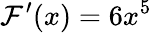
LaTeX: \mathcal{F}^{\prime}(x)=6x^{5}